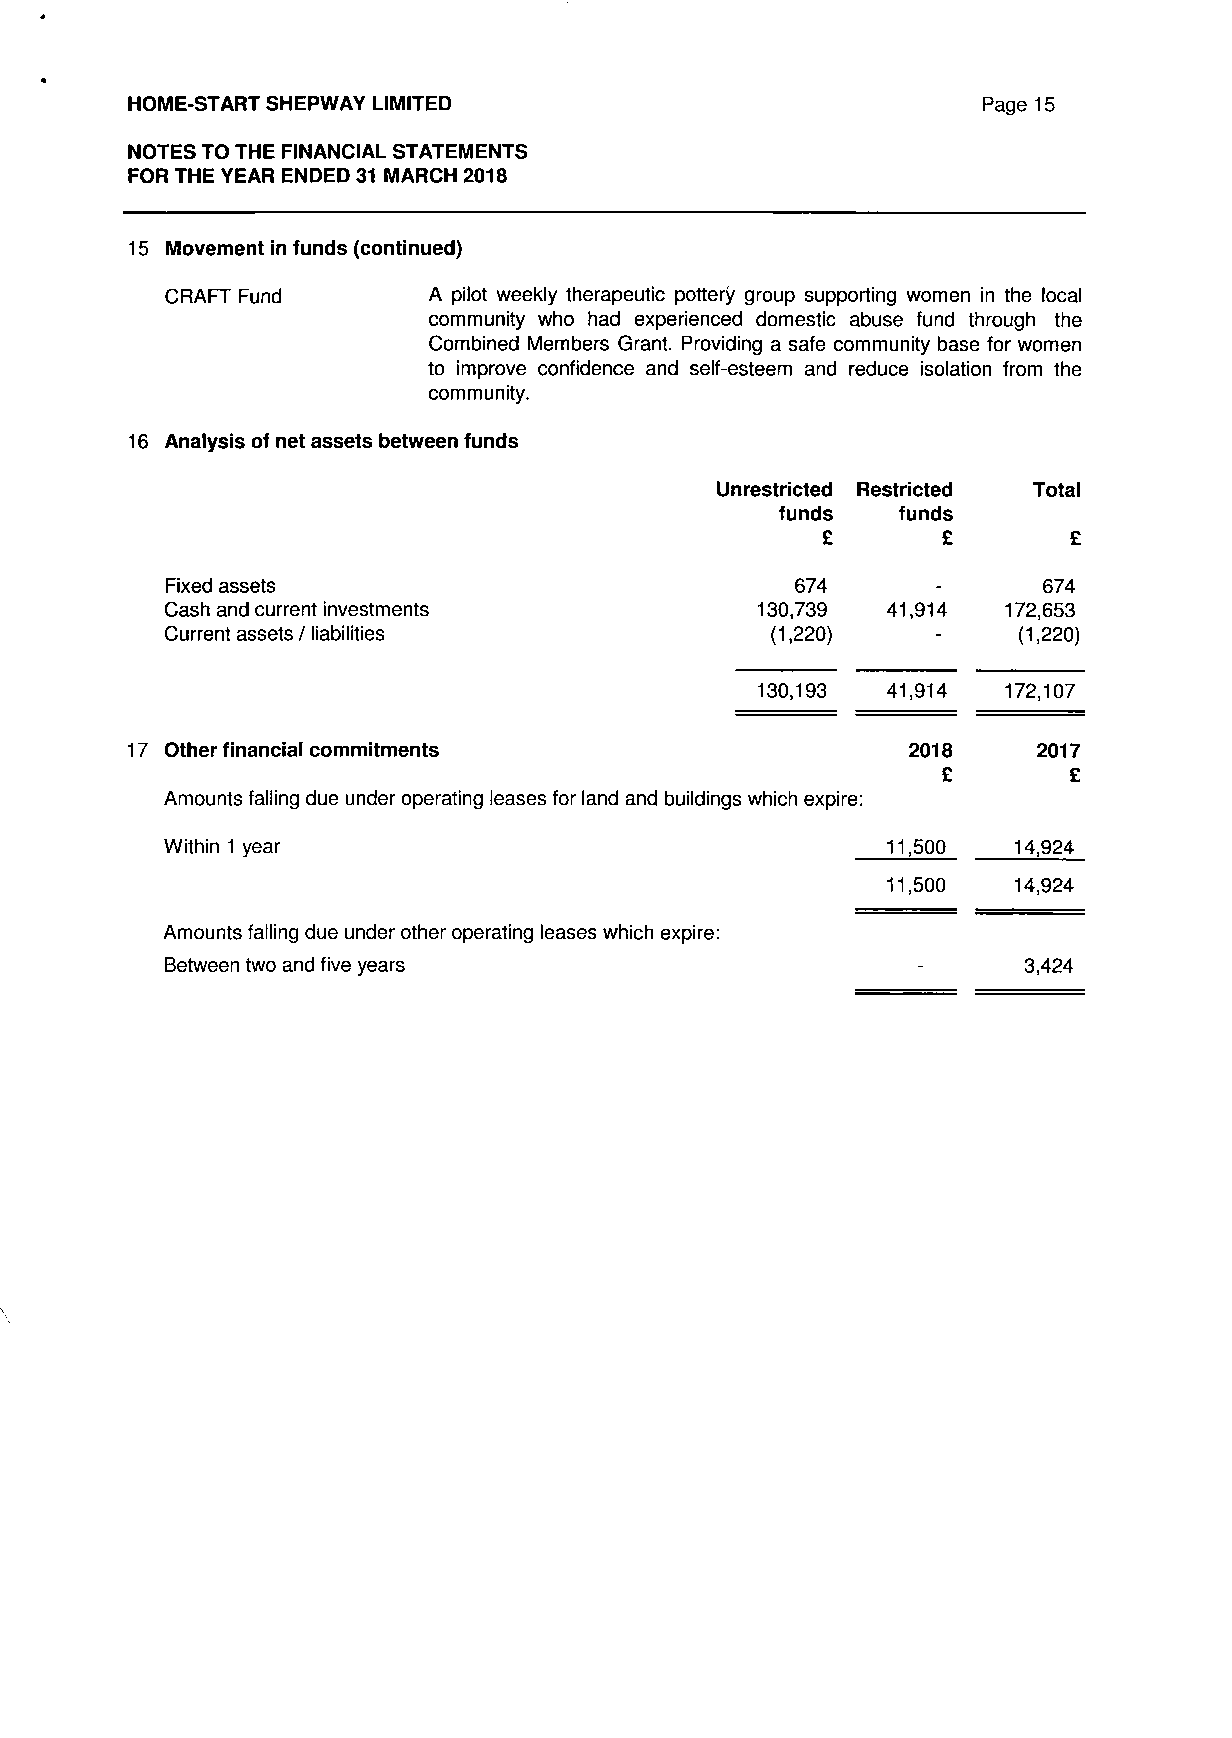
HOME-START SHEPWAY LIMITED                               Page 15
 NOTES TO THE FINANCIAL STATEMENTS
 FOR THE YEAR ENDED 31 MARCH 2018
 15 Movement in funds (continued)
 CRAFT Fund       A pilot weekly therapeutic pottery group supporting women in the local
 community who had experienced domestic abuse fund through the
 Combined Members Grant. Providing a safe community base for women
 to improve confidence and self-esteem and reduce isolation from the
 community.
 16 Analysis of net assets between funds
 Unrestricted Restricted Total
 funds  funds
 £       £        £
 Fixed assets                              674      -      674
 Cash and current investments           130,739  41,914 172,653
 Current assets / liabilities            (1,220)    -    (1,220)
 130,193  41,914  172,107
 17 Other financial commitments                      2018    2017
 £        £
 Amounts falling due under operating leases for land and buildings which expire:
 Within 1 year                                   11,500  14,924
 11,500  14,924
 Amounts falling due under other operating leases which expire:
 Between two and five years                               3,424